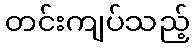
တင်းကျပ်သည့်